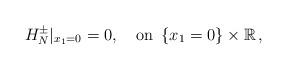
LaTeX: \begin{align*}H^{\pm}_{N}|_{x_1=0}=0,\quad\mbox{on}\,\,\,\{x_1=0\}\times\mathbb R\,,\end{align*}